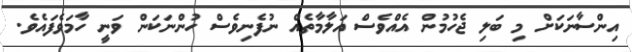
އިންސާނަކަށް މި ބަލި ޖެހުމުން އެއްވެސް އަލާމާތެއް ނުފެނިވެސް ހުންނަކަން ވަނީ ހާމަވެފައެވެ.